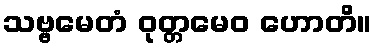
သဗ္ဗမေတံ ဝုတ္တမေဝ ဟောတိ။